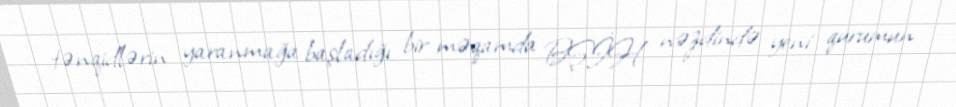
tənqidlərin yaranmağa başladığı bir məqamda BŞİH nəzdində yeni qurumun